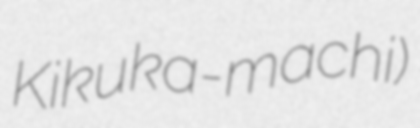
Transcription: Kikuka-machi)